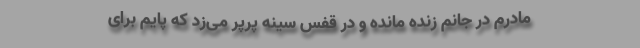
مادرم در جانم زنده مانده و در قفس سینه پَرپَر می‌زد که پایم برای